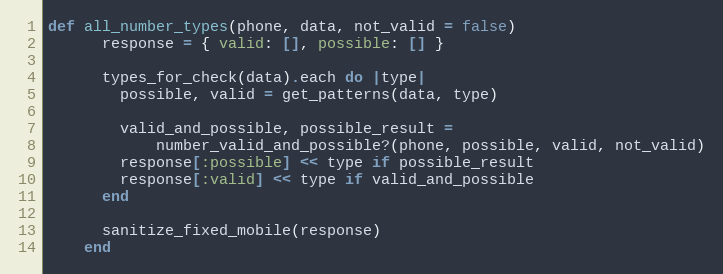
Language: Ruby
def all_number_types(phone, data, not_valid = false)
      response = { valid: [], possible: [] }

      types_for_check(data).each do |type|
        possible, valid = get_patterns(data, type)

        valid_and_possible, possible_result =
            number_valid_and_possible?(phone, possible, valid, not_valid)
        response[:possible] << type if possible_result
        response[:valid] << type if valid_and_possible
      end

      sanitize_fixed_mobile(response)
    end